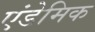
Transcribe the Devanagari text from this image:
एंडेमिक